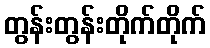
တွန်းတွန်းတိုက်တိုက်